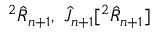
{ } ^ { 2 } \hat { R } _ { n + 1 } , ~ \hat { J } _ { n + 1 } [ { } ^ { 2 } \hat { R } _ { n + 1 } ]